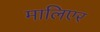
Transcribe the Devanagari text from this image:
मालिएर